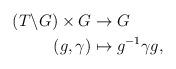
LaTeX: \begin{align*} \begin{aligned}(T\backslash G)\times G &\to G \\ (g, \gamma) &\mapsto g^{-1}\gamma g, \end{aligned} \end{align*}